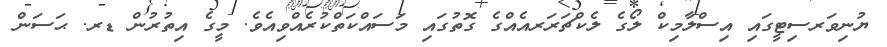
ޔުނިވަރސިޓީގައި އިސްލާމިކް ލޯގެ ލެކްޗަރަރއެއްގެ ގޮތުގައި މަސައްކަތްކުރެއްވިއެވެ. މީގެ އިތުރުން ޑރ. ޙަސަން